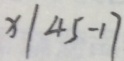
x \vert 4 5 - 1 7